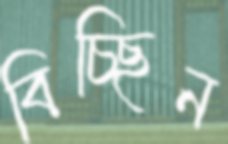
বিচ্ছিন